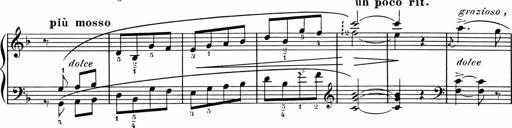
Title: 1Ã¨re Sonatine
Composer: FrÃ©dÃ©ric Binet